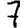
Digit: 7